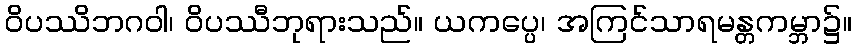
ဝိပဿိဘဂဝါ၊ ဝိပဿီဘုရားသည်။ ယကပ္ပေ၊ အကြင်သာရမန္တကမ္ဘာ၌။